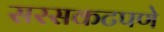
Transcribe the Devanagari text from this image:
सरसकटपणे